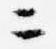
ニ